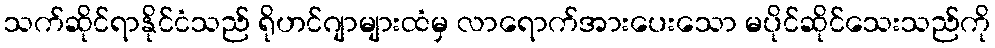
သက်ဆိုင်ရာနိုင်ငံသည် ရိုဟင်ဂျာများထံမှ လာရောက်အားပေးသော မပိုင်ဆိုင်သေးသည်ကို